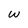
Character: W